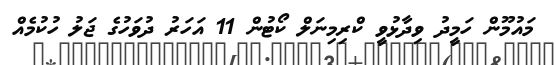
މައުމޫން ހަމީދު ވިދާޅުވީ ކްރިމިނަލް ކޯޓުން 11 އަހަރު ދުވަހުގެ ޖަލު ހުކުމެއް